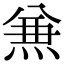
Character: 𠔥